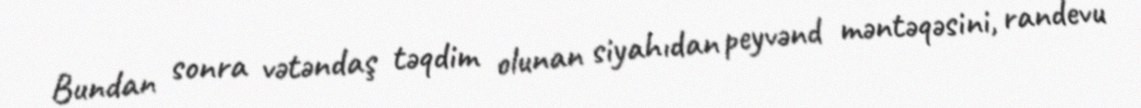
Bundan sonra vətəndaş təqdim olunan siyahıdan peyvənd məntəqəsini, randevu